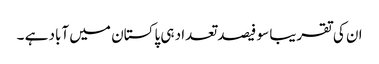
ان کی تقریبا سو فیصد تعداد ہی پاکستان میں آباد ہے ۔